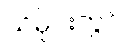
သမိုင်းတွင်